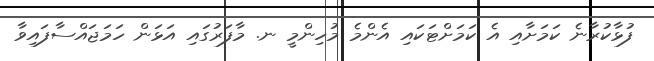
ފުޅާކުރާނެ ކަމަށާއި އެ ކަމަށްޓަކައި އެންމެ މުހިންމީ ނ. މާފަރުގައި އަޅަން ހަމަޖައްސާފައިވާ